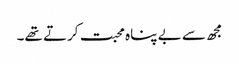
مجھ سے بے پناہ محبت کرتے تھے۔